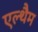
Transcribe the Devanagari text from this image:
एल्थैम